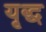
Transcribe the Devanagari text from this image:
यृद्ध